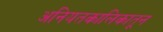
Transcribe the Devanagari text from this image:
अनियतकालिकातून